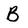
Character: B